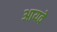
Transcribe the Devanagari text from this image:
आयवे